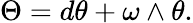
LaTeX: \Theta=d\theta+\omega\wedge\theta.